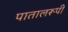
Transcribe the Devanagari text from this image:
पातालरूपी